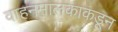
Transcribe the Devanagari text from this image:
वाहनमालकाकडून